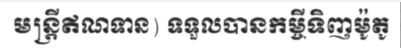
មន្ត្រីឥណទាន) ទទួលបានកម្ចីទិញម៉ូតូ